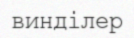
винділер